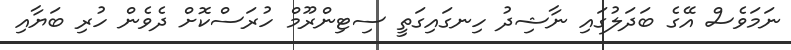
ނަމަވެސް އޭގެ ބަދަލުގައި ނާޝިދު ހިނގައިގަތީ ސިޓިންރޫމް ހުރަސްކޮށް ދެވެން ހުރި ބަޔާއި